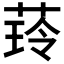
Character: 𦴿